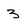
Character: 3